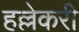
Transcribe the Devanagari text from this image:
हल्लेकरी